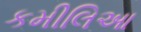
કમીલિઆ